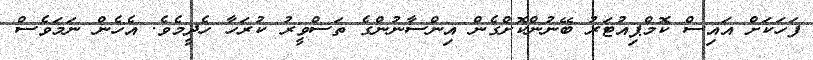
ފަހަކަށް އައިސް ކޮމްޕިއުޓަރު ބޭނުންކޮށްގެން އިންސާނުންގެ ތަސްވީރު ކުރަހާ ހެދީމެވެ. އެހެން ނަމަވެސް